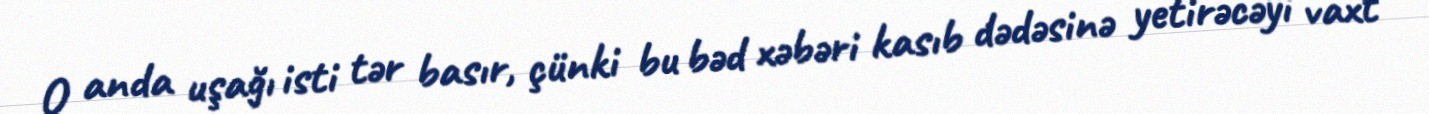
O anda uşağı isti tər basır, çünki bu bəd xəbəri kasıb dədəsinə yetirəcəyi vaxt